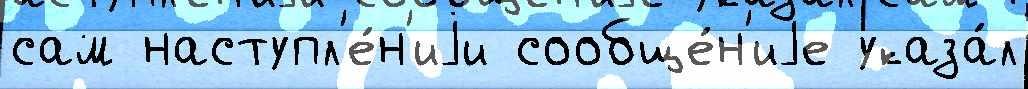
сам наступл'е́н'иjи сообще́н'иjе указа́л